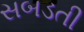
સબડતી